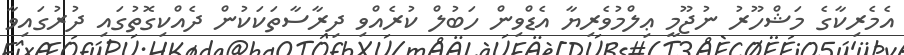
އެމެރިކާގެ މަޝްހޫރު ނުޖޫމީ ޢިލްމުވެރިޔާ އެޑްވިން ހަބުލް ކުރެއްވި ދިރާސާތަކަކުން ދެއްކިގޮތުގައި ދުރުގައިވާ